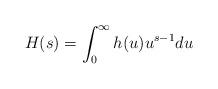
LaTeX: \begin{align*}H(s) = \int_0^\infty h(u) u^{s-1} du\end{align*}